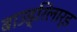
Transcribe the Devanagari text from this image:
बाउड्रिलार्ड